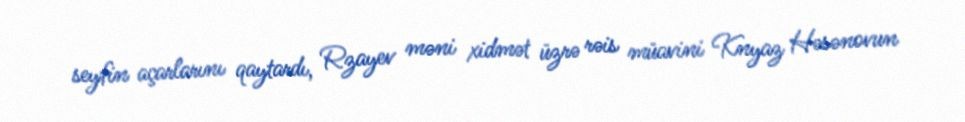
seyfin açarlarını qaytardı, Rzayev məni xidmət üzrə rəis müavini Knyaz Həsənovun